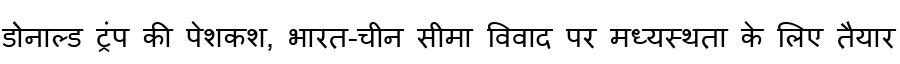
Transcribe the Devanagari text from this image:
डोनाल्ड ट्रंप की पेशकश, भारत-चीन सीमा विवाद पर मध्यस्थता के लिए तैयार